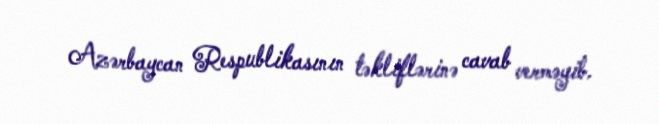
Azərbaycan Respublikasının təkliflərinə cavab verməyib.